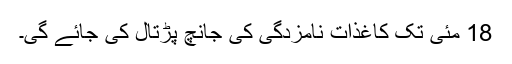
18 مئی تک کاغذات نامزدگی کی جانچ پڑتال کی جائے گی۔